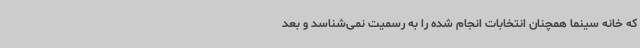
که خانه سینما همچنان انتخابات انجام شده را به رسمیت نمی‌شناسد و بعد